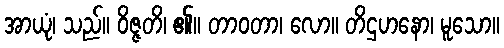
အာယုံ၊ သည်။ ဝိဇ္ဇတိ၊ ၏။ တာဝတာ၊ လော။ တိဌဟနော၊ မူသော။